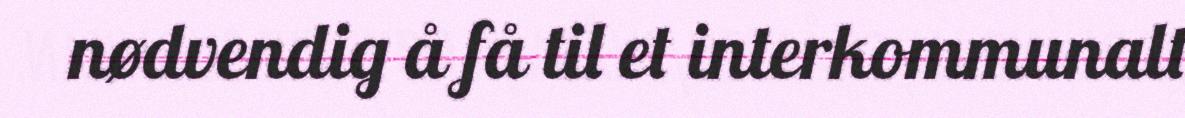
nødvendig å få til et interkommunalt